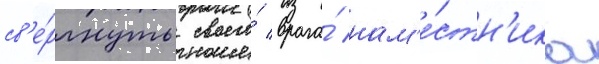
св'е́ргнуть своего́ врага́ нам'е́стн'ика